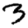
Digit: 3